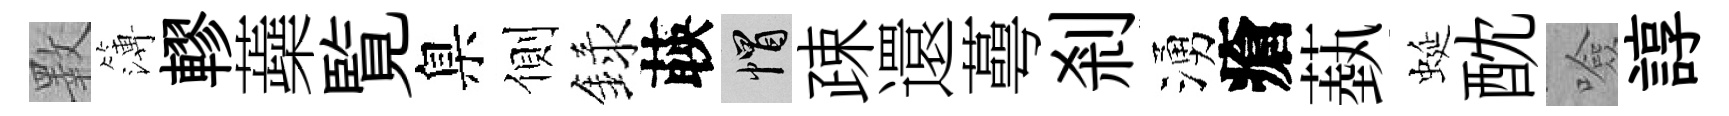
斁簿轇蘃覧臬側録𦴤帽疎還蕚剎湧瘡蓺蜒酖噞諄